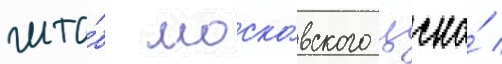
шта́б моско́вского цска́ /